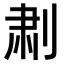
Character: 𫦅